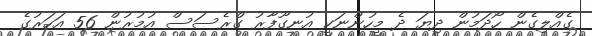
ގެއްލިގެން ހޯދަމުން ދިޔަ ދެ މީހުންނަކީ އުނގޫފާރު ގްރެސަސް އުމުރުން 56 އަހަރުގެ